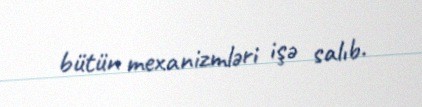
bütün mexanizmləri işə salıb.